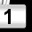
Digit: 1